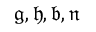
\mathfrak { g , h , b , n }